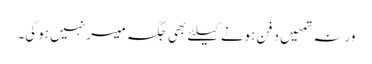
ورنہ تمھیں دفن ہونے کیلئے بھی جگہ میسر نہیں ہوگی۔